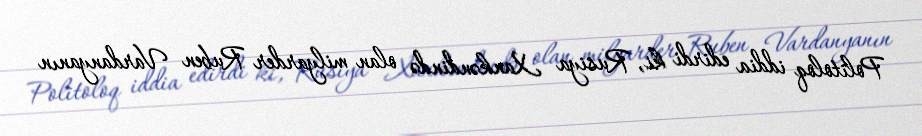
Politoloq iddia edirdi ki, Rusiya Xankəndində olan milyarder Ruben Vardanyanın